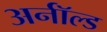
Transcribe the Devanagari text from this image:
अर्नॉल्ड